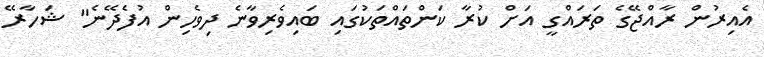
އެއިރުން ރާއްޖޭގެ ތަރައްގީ އަށް ކުރާ ކަންތައްތަކުގައި ބައިވެރިވާނެ ދިވެހިން އުފެދޭނެ" ޝަހާރޭ